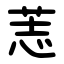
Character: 䓌